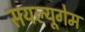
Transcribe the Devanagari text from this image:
सयल्यूगेम